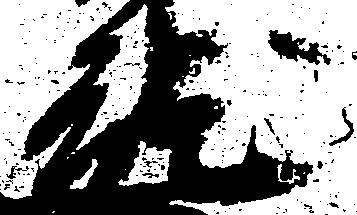
就